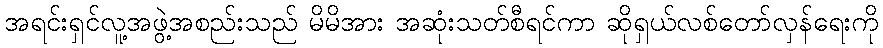
အရင်းရှင်လူ့အဖွဲ့အစည်းသည် မိမိအား အဆုံးသတ်စီရင်ကာ ဆိုရှယ်လစ်တော်လှန်ရေးကို